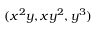
( x ^ { 2 } y , x y ^ { 2 } , y ^ { 3 } )